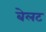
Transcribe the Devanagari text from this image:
बेलट